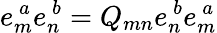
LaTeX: e_{m}^{\ a}e_{n}^{\ b}=Q_{mn}e_{n}^{\ b}e_{m}^{\ a}